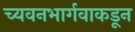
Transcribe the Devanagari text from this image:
च्यवनभार्गवाकडून